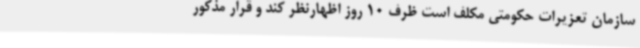
سازمان تعزیرات حکومتی مکلف است ظرف 10 روز اظهارنظر کند و قرار مذکور